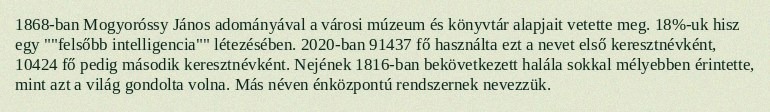
1868-ban Mogyoróssy János adományával a városi múzeum és könyvtár alapjait vetette meg. 18%-uk hisz egy ""felsőbb intelligencia"" létezésében. 2020-ban 91437 fő használta ezt a nevet első keresztnévként, 10424 fő pedig második keresztnévként. Nejének 1816-ban bekövetkezett halála sokkal mélyebben érintette, mint azt a világ gondolta volna. Más néven énközpontú rendszernek nevezzük.